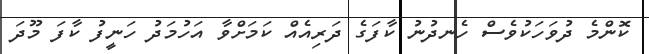
ކޮންމެ ދުވަހަކުވެސް ހެނދުނު ކާފަގެ ދަރިއެއް ކަމަށްވާ އަހުމަދު ހަނީފު ކާފަ މޫދަ